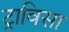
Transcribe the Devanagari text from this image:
ट्राविसा